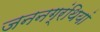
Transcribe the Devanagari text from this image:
जननग्रंथियां